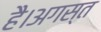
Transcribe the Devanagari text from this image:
है।अगस्त